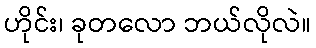
ဟိုင်း၊ ခုတလော ဘယ်လိုလဲ။